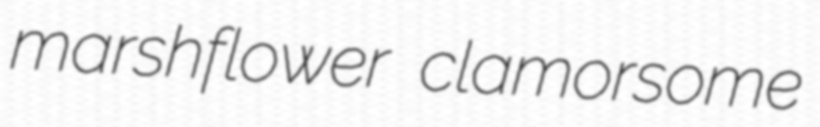
marshflower clamorsome